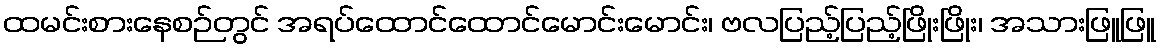
ထမင်းစားနေစဉ်တွင် အရပ်ထောင်ထောင်မောင်းမောင်း၊ ဗလပြည့်ပြည့်ဖြိုးဖြိုး၊ အသားဖြူဖြူ